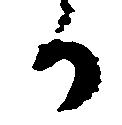
か